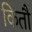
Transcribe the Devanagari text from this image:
कितौ